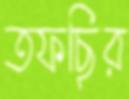
তফছির